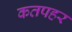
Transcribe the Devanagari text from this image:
कतपहर